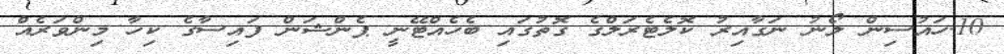
10.ހައުސިން ލޯނު ނަގާއިރު ކޮލެޓެރަލްގެ ގޮތުގައި ބެހެއްޓޭނީ ޕެންޝަން ފައިސާގެ ކިހާ މިންވަރެއް